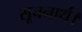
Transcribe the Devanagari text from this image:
सूचनार्थ।